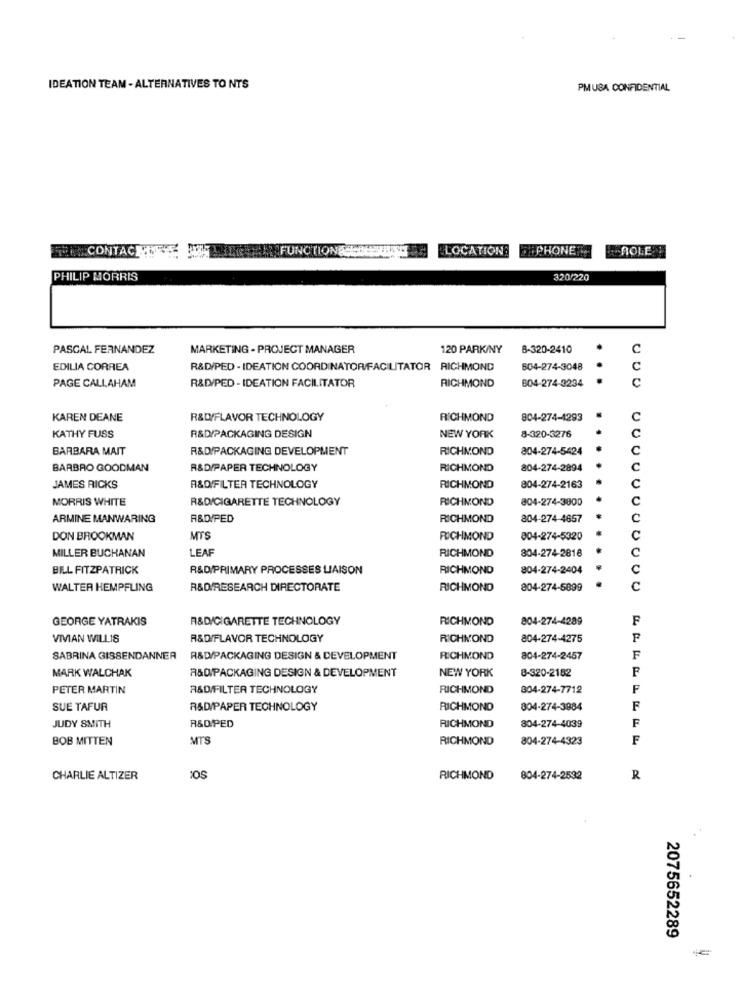
IDEATION TEAM - ALTERNATIVES TO NTS
PMUSA CONFIDENTIAL
FICONTACHE
FUNCTIONE
LOCATION
PHONE
ROLE
PHILIP MORRIS
320/220
PASCAL FERNANDEZ
MARKETING - PROJECT MANAGER
120 PARK/NY
8-320-2410
.
C
EDILIA CORREA
R&D/PED - IDEATION COORDINATOR/FACILITATOR RICHMOND
504-274-3048
RICHMOND
604-274-3234
PAGE CALLAHAM
R&D/PED- IDEATION FACILITATOR
KAREN DEANE
R&D/FLAVOR TECHNOLOGY
RICHMOND
804-274-4293
C
R&D/PACKAGING DESIGN
8-320-3276
KATHY FUSS
NEW YORK
BARBARA MAIT
R&D/PACKAGING DEVELOPMENT
RICHMOND
804-274-5424
c
BARBRO GOODMAN
R&D/PAPER TECHNOLOGY
RICHMOND
804-274-2894
c
c
JAMES RICKS
R&D/FILTER TECHNOLOGY
RICHMOND
804-274-2163
MORRIS WHITE
R&D/CIGARETTE TECHNOLOGY
RICHMOND
804-274-3800
c
ARMINE MANWARING
R&D/PED
RICHMOND
804-274-4657
c
DON BROOKMAN
MTS
RICHMOND
004-274-5320
c
LEAF
804-274-2818
C
MILLER BUCHANAN
RICHMOND
BILL FITZPATRICK
R&D/PRIMARY PROCESSES LIAISON
RICHMOND
804-274-2404
c
WALTER HEMPFLING
R&D/RESEARCH DIRECTORATE
RICHMOND
804-274-5899
c
GEORGE YATRAKIS
R&D/CIGARETTE TECHNOLOGY
RICHMOND
804-274-4289
F
VIVIAN WILLIS
R&D/FLAVOR TECHNOLOGY
RICHMOND
804-274-4275
SABRINA GISSENDANNER
R&D/PACKAGING DESIGN & DEVELOPMENT
RICHMOND
804-274-2457
F
NEW YORK
8-320-2182
F
MARK WALCHAK
R&D/PACKAGING DESIGN & DEVELOPMENT
PETER MARTIN
R&D/FILTER TECHNOLOGY
RICHMOND
804-274-7712
F
SUE TAFUR
R&D/PAPER TECHNOLOGY
RICHMOND
804-274-3884
F
F
JUDY SMITH
R&DPED
RICHMOND
804-274-4039
BOB MITTEN
MTS
RICHMOND
804-274-4323
F
CHARLIE ALTIZER
RICHMOND
804-274-2532
R
2075652289